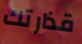
قذارتك